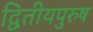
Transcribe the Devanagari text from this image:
द्वितीयपुरुष